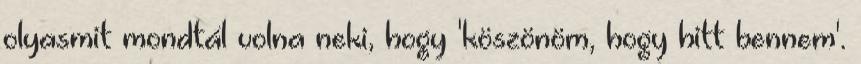
olyasmit mondtál volna neki, hogy 'köszönöm, hogy hitt bennem'.